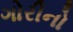
ગોરીનો